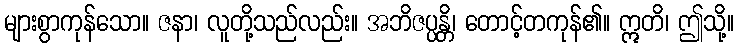
များစွာကုန်သော။ ဇနာ၊ လူတို့သည်လည်း။ အဘိဇပ္ပန္တိ၊ တောင့်တကုန်၏။ ဣတိ၊ ဤသို့။